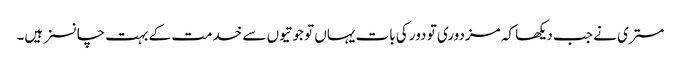
مستری نے جب دیکھا کہ مزدوری تو دور کی بات یہاں تو جوتیوں سے خدمت کے بہت چانسز ہیں۔